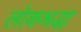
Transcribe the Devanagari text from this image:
लोकश्रद्धा